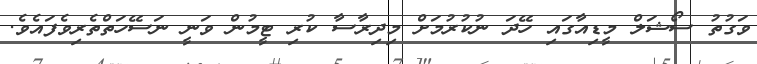
ވަގުތު ސޯޝަލް މީޑިއާގައި ހޭދަ ނުކުރުމަށް މިދިރާސާ ކުރި ޓީމުން ވަނީ ނަސޭހަތްތެރިވެފައެވެ.